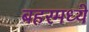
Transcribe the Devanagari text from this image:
बहरमध्ये